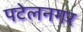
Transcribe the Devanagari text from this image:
पटेलनगर